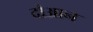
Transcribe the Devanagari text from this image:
दोआन